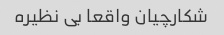
شکارچیان واقعا بی نظیره